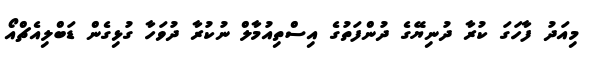
މިއަދު ފާހަގަ ކުރާ ދުނިޔޭގެ ދުންފަތުގެ އިސްތިއުމާލް ނުކުރާ ދުވަހާ ގުޅިގެން ޑަބްލިއެޗްއޯ